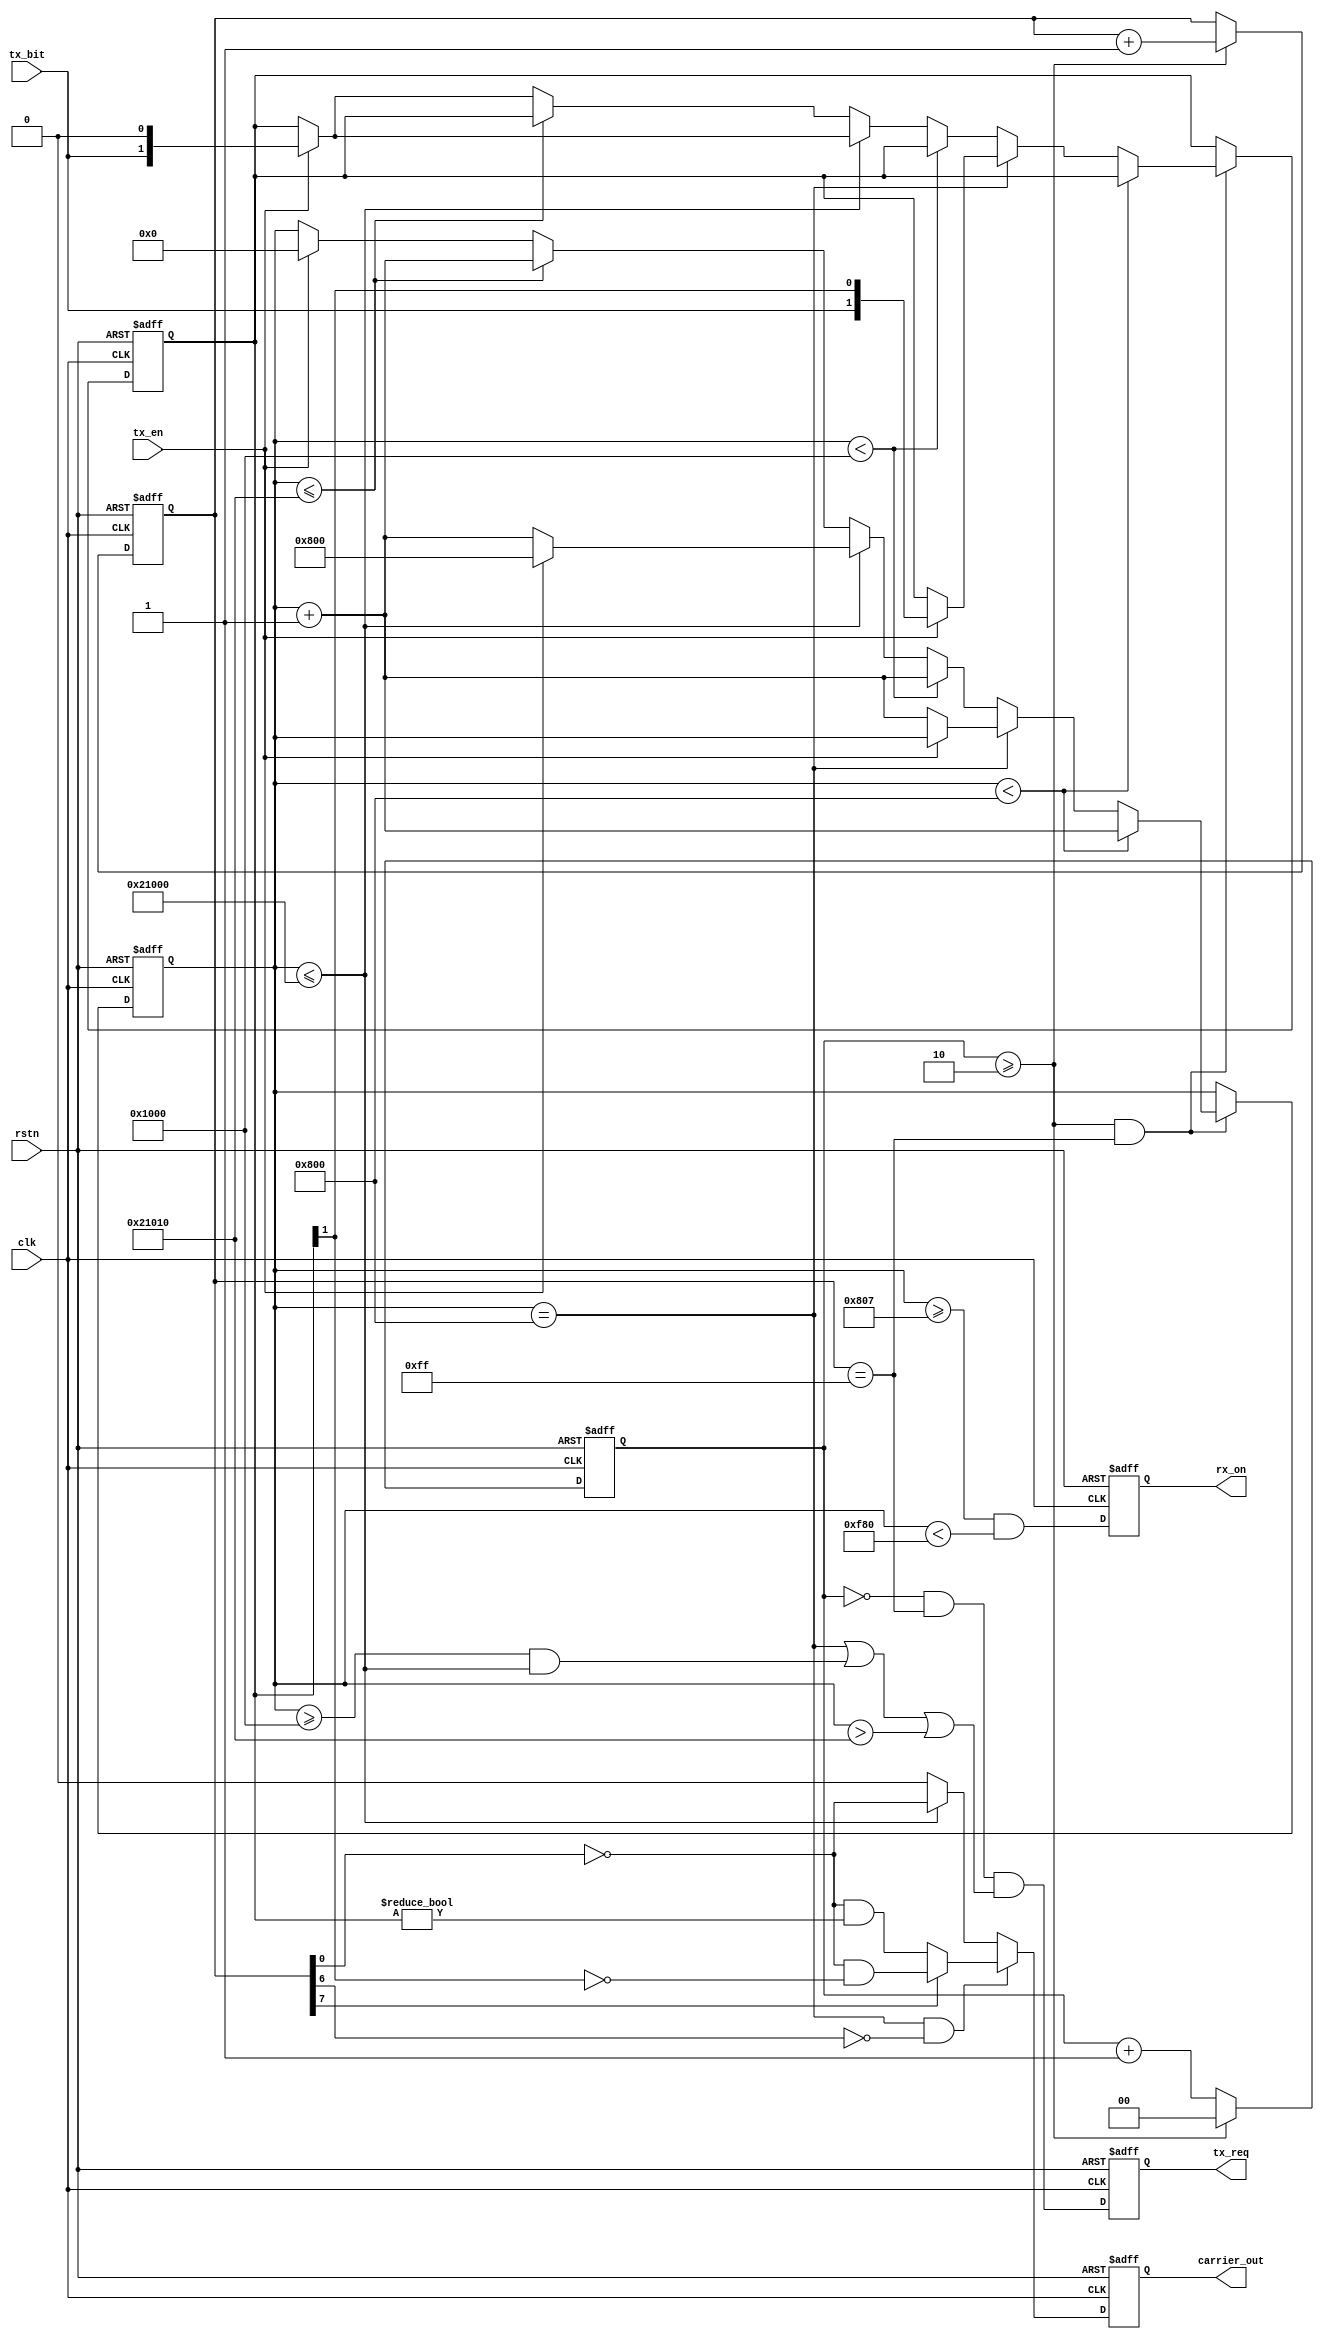

//--------------------------------------------------------------------------------------------------------
// Module  : nfca_tx_modulate
// Type    : synthesizable, IP's sub module
// Standard: Verilog 2001 (IEEE1364-2001)
// Function: called by nfca_controller
//--------------------------------------------------------------------------------------------------------

module nfca_tx_modulate (
    input  wire       rstn,       // 0:reset, 1:work
    input  wire       clk,        // require 81.36MHz
    // tx bit modulate interface
    output reg        tx_req,
    input  wire       tx_en,
    input  wire       tx_bit,
    // RFID carrier output, connect to a NMOS transistor to drive the antenna coil
    output reg        carrier_out,
    // 1:in RX window,  0:out of RX window
    output reg        rx_on
);


localparam    CARRIER_SETUP = 2048;
localparam    CARRIER_HOLD  = 131072;

initial tx_req  = 1'b0;
initial carrier_out = 1'b0;
initial rx_on = 1'b0;

reg [ 1:0] clkcnt = 2'd0;
reg [ 7:0] ccnt = 8'd0;
reg [31:0] wcnt = 32'hFFFFFFFF;
reg [ 1:0] bdata = 2'd0;            // {1 bits for future, 1 bit for current, 1 bit for past}


always @ (posedge clk or negedge rstn)
    if(~rstn) begin
        clkcnt <= 2'd0;
        ccnt <= 8'd0;
    end else begin
        if(clkcnt >= 2'd2) begin
            clkcnt <= 2'd0;
            ccnt <= ccnt + 8'h01;
        end else begin
            clkcnt <= clkcnt + 2'd1;
        end
    end


always @ (posedge clk or negedge rstn)
    if(~rstn)
        tx_req <= 1'b0;
    else
        tx_req <= clkcnt == 2'h0 && ccnt == 8'hff && (wcnt == CARRIER_SETUP || wcnt >= CARRIER_SETUP*2 && wcnt <= CARRIER_SETUP*2 + CARRIER_HOLD || wcnt > CARRIER_SETUP*2 + CARRIER_HOLD + 16);


always @ (posedge clk or negedge rstn)
    if(~rstn) begin
        wcnt <= 32'hFFFFFFFF;
        bdata <= 2'd0;
    end else begin
        if(clkcnt >= 2'd2 && ccnt == 8'hff) begin
            if         (wcnt <  CARRIER_SETUP) begin
                wcnt <= wcnt + 1;
            end else if(wcnt == CARRIER_SETUP) begin
                if(tx_en) begin
                    bdata <= {tx_bit, bdata[1]};
                    //$write("%d", tx_bit);           // only for simulation
                end else begin
                    wcnt <= wcnt + 1;
                    //$write("\n");                   // only for simulation
                end
            end else if(wcnt <  CARRIER_SETUP*2) begin
                wcnt <= wcnt + 1;
            end else if(wcnt <= CARRIER_SETUP*2 + CARRIER_HOLD) begin
                if(tx_en) begin
                    wcnt <= CARRIER_SETUP;
                    bdata <= {tx_bit, 1'b0};
                    //$write("%d", tx_bit);           // only for simulation
                end else
                    wcnt <= wcnt + 1;
            end else if(wcnt <= CARRIER_SETUP*2 + CARRIER_HOLD + 16) begin
                wcnt <= wcnt + 1;
            end else if(tx_en) begin
                wcnt <= 0;
                bdata <= {tx_bit, 1'b0};
                //$write("%d", tx_bit);               // only for simulation
            end
        end
    end


always @ (posedge clk or negedge rstn)
    if(~rstn) begin
        carrier_out <= 1'b0;
    end else begin
        if(wcnt == CARRIER_SETUP && ~ccnt[6]) begin
            if(ccnt[7])
                carrier_out <= ~ccnt[0] && bdata[1] == 1'b0;
            else
                carrier_out <= ~ccnt[0] && bdata[1:0] != 2'b00;
        end else if(wcnt <= CARRIER_SETUP*2 + CARRIER_HOLD) begin
            carrier_out <= ~ccnt[0];
        end else begin
            carrier_out <= 1'b0;
        end
    end


always @ (posedge clk or negedge rstn)
    if(~rstn)
        rx_on <= 1'b0;
    else
        rx_on <= wcnt >= CARRIER_SETUP + 7 && wcnt < CARRIER_SETUP*2 - 128;

endmodule